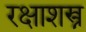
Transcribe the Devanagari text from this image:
रक्षाशस्त्र